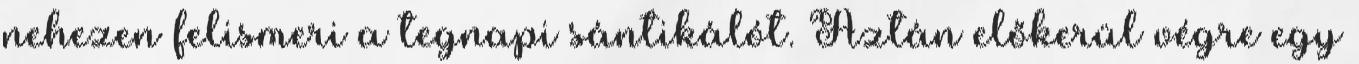
nehezen felismeri a tegnapi sántikálót. Aztán előkerül végre egy